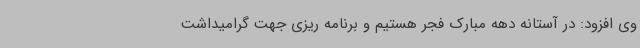
وی افزود: در آستانه دهه مبارک فجر هستیم و برنامه ریزی جهت گرامیداشت